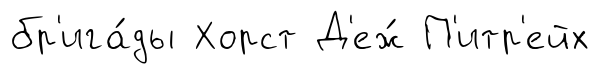
бр'ига́ды Хорст Д'еж́ П'итр'ейх